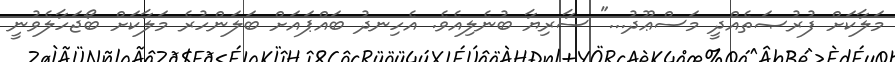
މަލާކަށް ފުރުޞަތެއްދީ މަސްޢޫދު..." ސާރިޔާ ބުނެލިއެވެ. އެހިނދު ބައްޕައަށް ބަލަންހުރެ މަލާކަށް ބޯޖަހާލެވުނީ